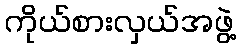
ကိုယ်စားလှယ်အဖွဲ့